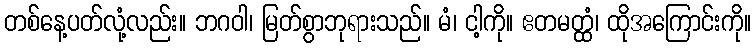
တစ်နေ့ပတ်လုံ့လည်း။ ဘဂဝါ၊ မြတ်စွာဘုရားသည်။ မံ၊ ငါ့ကို။ ဧတမတ္ထံ၊ ထိုအကြောင်းကို။